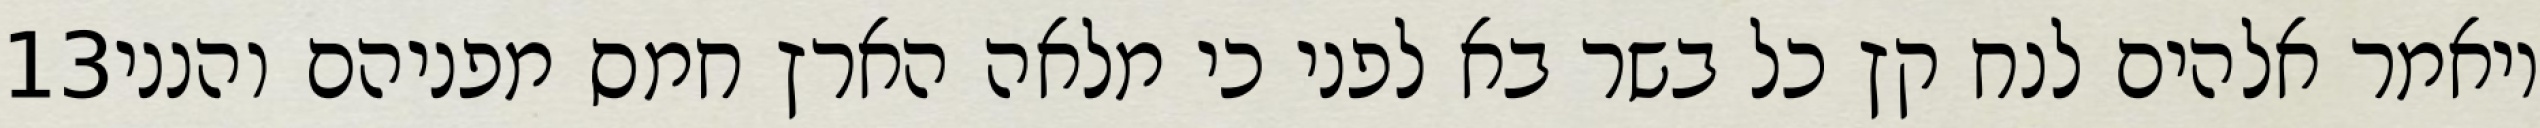
‎13‏ ויאמר אלהים לנח קץ כל בשר בא לפני כי מלאה הארץ חמס מפניהם והנני